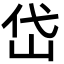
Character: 岱